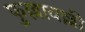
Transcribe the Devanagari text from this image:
फुल्लावल्ली